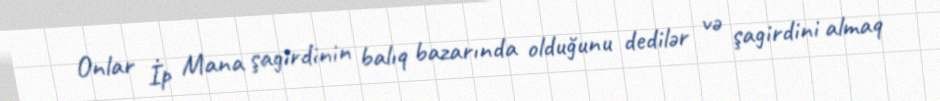
Onlar İp Mana şagirdinin balıq bazarında olduğunu dedilər və şagirdini almaq